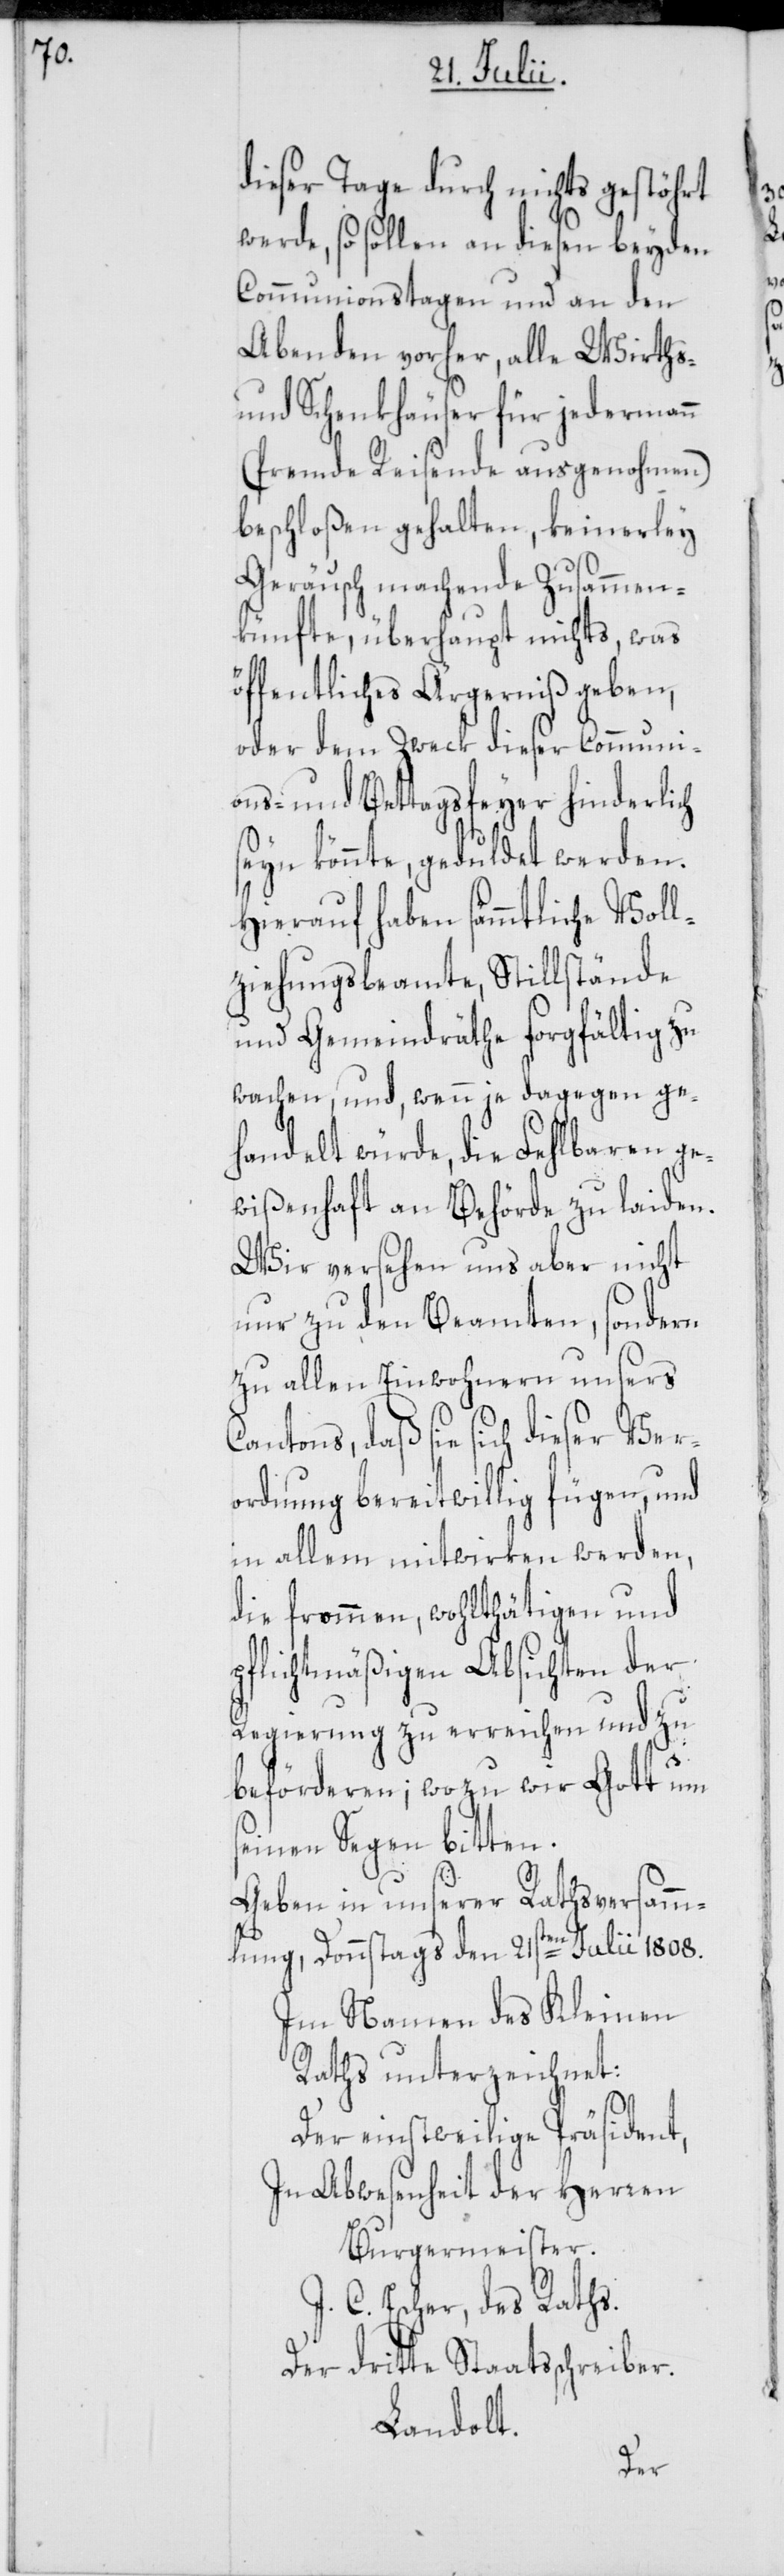
dieser Tage durch nichts gestöhrt
werde, so sollen an diesen beyden
Communionstagen und an den
Abenden vorher, alle Wirths-
und Schenkhäuser für jedermann
(fremde Reisende ausgenohmen)
beschloßen gehalten, keinerley
Geräusch machende Zusammen¬
künfte, überhaupt nichts, was
öffentliches Ärgerniß geben,
oder dem Zweck dieser Communi¬
ons- und Bettagsfeyer hinderlich
seyn könnte, geduldet werden.
Hierauf haben sämmtliche Voll¬
ziehungsbeamte, Stillstände
und Gemeindräthe sorgfältig zu
wachen, und, wenn je dagegen ge¬
handelt würde, die Fehlbaren ge¬
wißenhaft an Behörde zu laiden.
Wir versehen uns aber nicht
nur zu den Beamten, sondern
zu allen Einwohnern unsers
Cantons, daß sie sich dieser Ver¬
ordnung bereitwillig fügen, und
in allem mitwirken werden,
die frommen, wohlthätigen und
pflichtmäßigen Absichten der
Regierung zu erreichen und zu
beförderen; wozu wir Gott um
seinen Segen bitten.
Geben in unserer Rathsversamm¬
lung, Donnstags den 21sten Julii 1808.
Im Namen des Kleinen
Raths unterzeichnet:
Der einstweilige Präsident,
In Abwesenheit der Herren
Burgermeister.
J. C. Escher, des Raths.
Der dritte Staatsschreiber
Landolt.